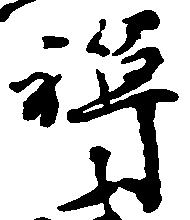
禅